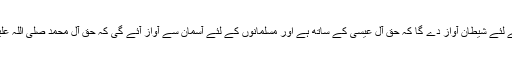
اس وقت عیسائیوں کے لئے شیطان آواز دے گا کہ حق آل عیسیٰ کے ساتھ ہے اور مسلمانوں کے لئے آسمان سے آواز آئے گی کہ حق آل محمد صلی اللہ علیہ وسلم کے ساتھ ہے۔